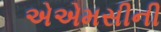
એએમસીની